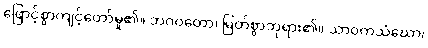
ဖြောင့်စွာကျင့်တော်မူ၏။ ဘဂဝတော၊ မြတ်စွာဘုရား၏။ သာဝကသံဃော၊